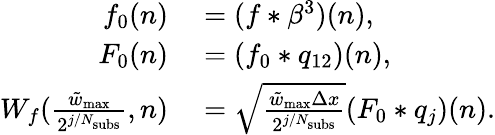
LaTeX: \begin{array}{rl}{f_{0}(n)}&{{}=(f*\beta^{3})(n),}\\ {F_{0}(n)}&{{}=(f_{0}*q_{12})(n),}\\ {W_{f}(\frac{\tilde{w}_{\mathrm{max}}}{2^{j/N_{\mathrm{subs}}}},n)}&{{}=\sqrt{\frac{\tilde{w}_{\mathrm{max}}\Delta x}{2^{j/N_{\mathrm{subs}}}}}(F_{0}*q_{j})(n).}\end{array}